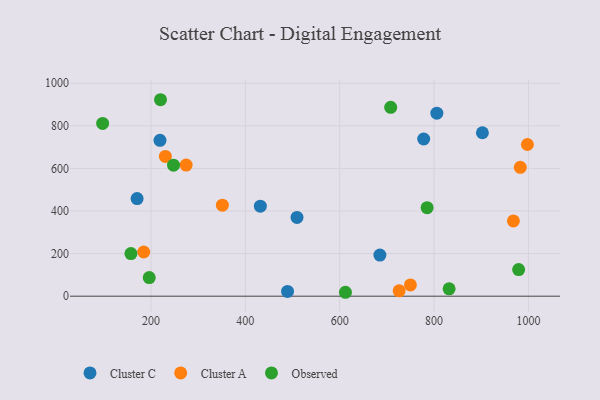
{"axis": {"x": "Ad Spend", "y": "Yield"}, "legend": ["Cluster A", "Cluster C", "Observed"], "data": [{"x": "431.8", "y": 422.4, "type": "Cluster C"}, {"x": "805.9", "y": 859.4, "type": "Cluster C"}, {"x": "685.2", "y": 193.1, "type": "Cluster C"}, {"x": "170.6", "y": 458.4, "type": "Cluster C"}, {"x": "219.1", "y": 731.9, "type": "Cluster C"}, {"x": "489.4", "y": 22.4, "type": "Cluster C"}, {"x": "902.5", "y": 767.4, "type": "Cluster C"}, {"x": "509.5", "y": 369.7, "type": "Cluster C"}, {"x": "778.0", "y": 738.1, "type": "Cluster C"}, {"x": "997.8", "y": 712.1, "type": "Cluster A"}, {"x": "184.6", "y": 207.5, "type": "Cluster A"}, {"x": "351.3", "y": 427.5, "type": "Cluster A"}, {"x": "274.5", "y": 615.6, "type": "Cluster A"}, {"x": "726.0", "y": 25.4, "type": "Cluster A"}, {"x": "749.9", "y": 53.1, "type": "Cluster A"}, {"x": "982.8", "y": 605.1, "type": "Cluster A"}, {"x": "230.5", "y": 656.2, "type": "Cluster A"}, {"x": "968.2", "y": 353.6, "type": "Cluster A"}, {"x": "785.3", "y": 415.4, "type": "Observed"}, {"x": "196.3", "y": 87.5, "type": "Observed"}, {"x": "831.9", "y": 34.6, "type": "Observed"}, {"x": "612.2", "y": 18.4, "type": "Observed"}, {"x": "220.2", "y": 922.4, "type": "Observed"}, {"x": "157.5", "y": 200.3, "type": "Observed"}, {"x": "708.1", "y": 886.5, "type": "Observed"}, {"x": "97.5", "y": 810.9, "type": "Observed"}, {"x": "247.8", "y": 615.0, "type": "Observed"}, {"x": "979.3", "y": 125.2, "type": "Observed"}]}